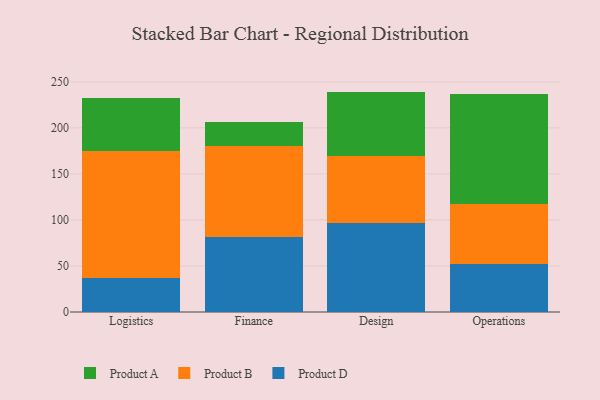
{"axis": {"x": "Department", "y": "Page Views"}, "legend": ["Product A", "Product B", "Product D"], "data": [{"x": "Logistics", "y": 36.5, "type": "Product D"}, {"x": "Logistics", "y": 138.6, "type": "Product B"}, {"x": "Logistics", "y": 57.2, "type": "Product A"}, {"x": "Finance", "y": 81.3, "type": "Product D"}, {"x": "Finance", "y": 98.7, "type": "Product B"}, {"x": "Finance", "y": 26.7, "type": "Product A"}, {"x": "Design", "y": 97.1, "type": "Product D"}, {"x": "Design", "y": 72.2, "type": "Product B"}, {"x": "Design", "y": 70.1, "type": "Product A"}, {"x": "Operations", "y": 52.1, "type": "Product D"}, {"x": "Operations", "y": 65.3, "type": "Product B"}, {"x": "Operations", "y": 118.9, "type": "Product A"}]}